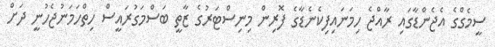
ސީމެގްގެ އެޖެންޑާގައި ރާއްޖެ ހިމަނައިފިކެނެޑާގެ ފޮރިން މިނިސްޓަރުގެ ޒާތީ ބަސްމަގުރައީސް ހިތްހަމަނުޖެހުނީ ދަށް